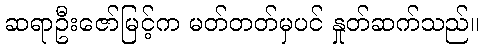
ဆရာဦးဇော်မြင့်က မတ်တတ်မှပင် နှုတ်ဆက်သည်။